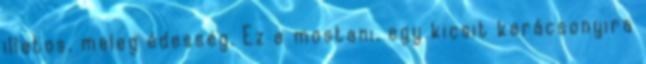
illatos, meleg édesség. Ez a mostani, egy kicsit karácsonyira